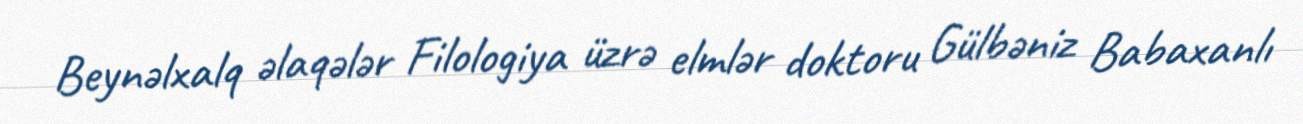
Beynəlxalq əlaqələr Filologiya üzrə elmlər doktoru Gülbəniz Babaxanlı